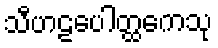
သီဟဠပေါတ္ထကေသု